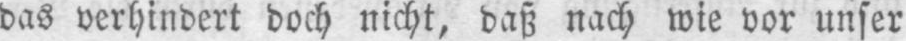
das verhindert doch nicht, daß nach wie vor unser